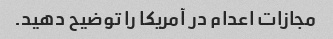
مجازات اعدام در آمریکا را توضیح دهید.